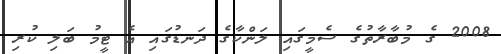
2008 ގެ މުބާރާތުގެ ސެމީގައި ލަންކާގެ ދަނޑުގައި އެ ޓީމު ބަލި ކުރި